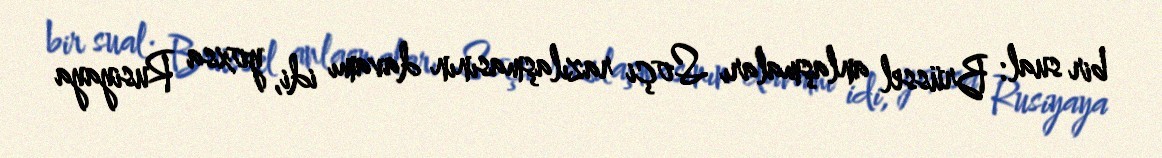
bir sual: Brüssel anlaşmaları Soçi razılaşmasının davamı idi, yoxsa Rusiyaya